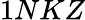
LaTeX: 1NKZ